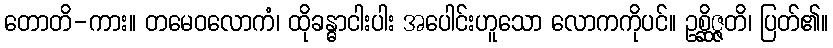
တောတိ-ကား။ တမေဝလောကံ၊ ထိုခန္ဓာငါးပါး အပေါင်းဟူသော လောကကိုပင်။ ဥစ္ဆိဇ္ဇတိ၊ ပြတ်၏။